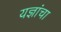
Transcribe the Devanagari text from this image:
यज्ञांचा